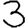
Digit: 3